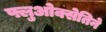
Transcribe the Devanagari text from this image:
फ्लुओक्सेतिने